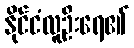
နိုင်ငံလူဦးရေ၏